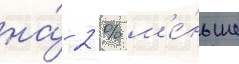
на́ 2 % м'е́ньше